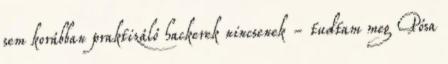
sem korábban praktizáló hackerek nincsenek - tudtam meg Pósa